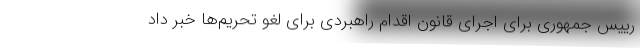
رییس جمهوری برای اجرای قانون اقدام راهبردی برای لغو تحریم‌ها خبر داد